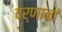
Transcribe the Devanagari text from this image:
वर्णानां